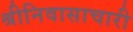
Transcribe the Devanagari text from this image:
श्रीनिवासाचारी